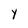
Character: Y